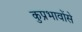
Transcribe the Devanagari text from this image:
कुप्रभावोंसे